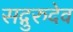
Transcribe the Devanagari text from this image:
सद्गुरुदेव